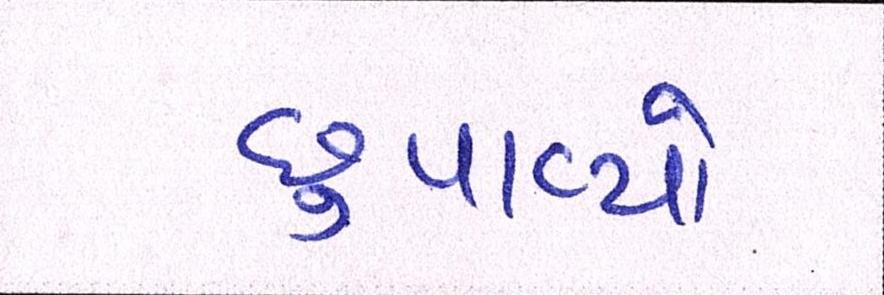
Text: છુપાવ્યો